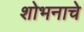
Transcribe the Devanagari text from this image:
शोभनाचे